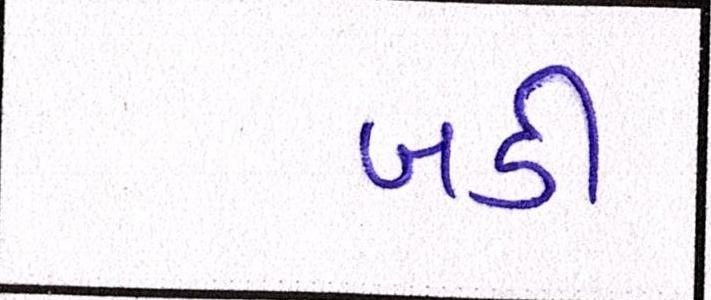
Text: બડી